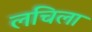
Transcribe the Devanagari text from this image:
लचिला